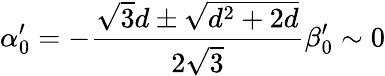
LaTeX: \alpha_{0}^{\prime}=-{\frac{\sqrt{3}d\pm\sqrt{d^{2}+2d}}{2\sqrt{3}}}\beta_{0}^{\prime}\sim 0